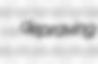
depraving